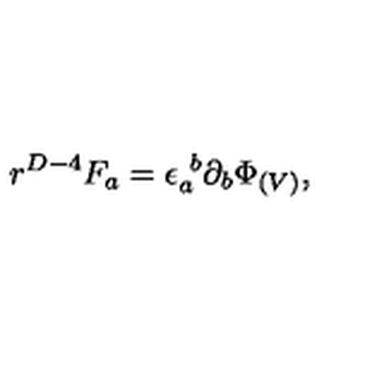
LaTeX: r ^ { D - 4 } F _ { a } = \epsilon _ { a } ^ { \ b } \partial _ { b } \Phi _ { ( V ) } ,